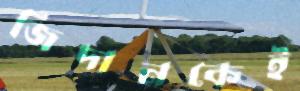
জিদানকেই